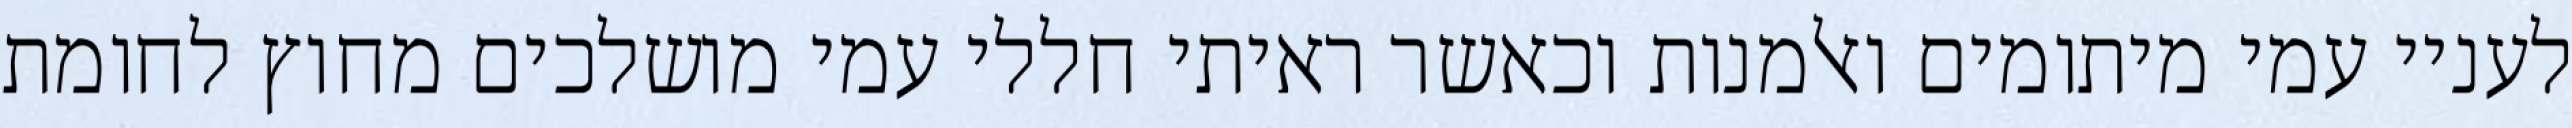
לעניי עמי מיתומים ואלמנות וכאשר ראיתי חללי עמי מושלכים מחוץ לחומת